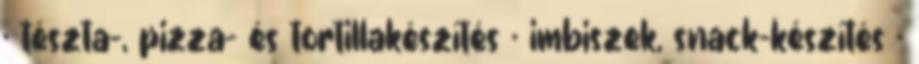
· tészta-, pizza- és tortillakészítés · imbiszek, snack-készítés ·